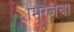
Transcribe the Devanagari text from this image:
मिरेजचा